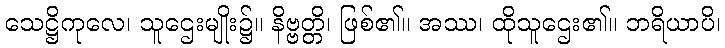
သေဋ္ဌိကုလေ၊ သူဌေးမျိုး၌။ နိဗ္ဗတ္တိ၊ ဖြစ်၏။ အဿ၊ ထိုသူဌေး၏။ ဘရိယာပိ၊